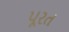
પૂરત